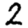
Digit: 2